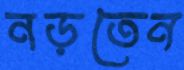
নড়তেন